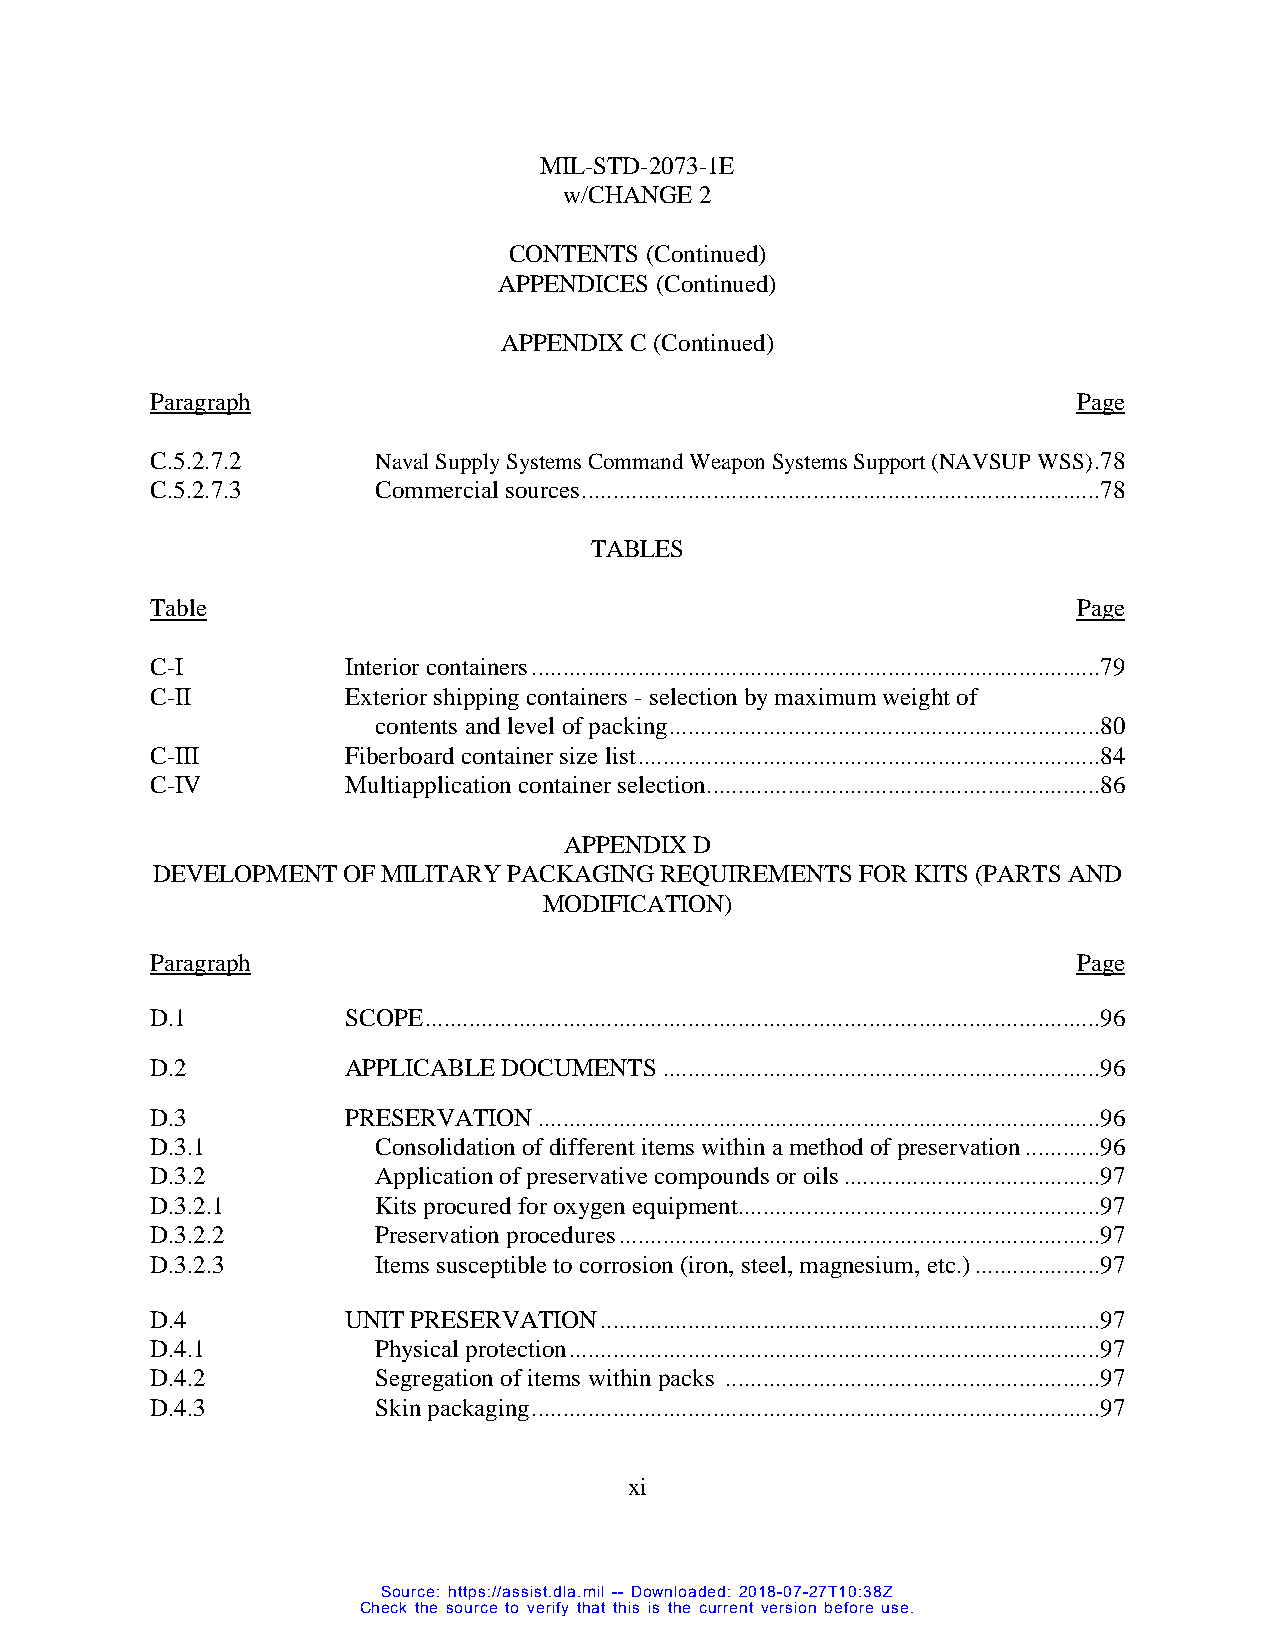
MIL-STD-2073-1E
 w/CHANGE 2
 CONTENTS (Continued)
 APPENDICES (Continued)
 APPENDIX C (Continued)
 Paragraph                                                    Page
 C.5.2.7.2      Naval Supply Systems Command Weapon Systems Support (NAVSUP WSS) .78
 C.5.2.7.3      Commercial sources ...................................................................................78
 TABLES
 Table                                                        Page
 C-I          Interior containers ...........................................................................................79
 C-II         Exterior shipping containers - selection by maximum weight of
 contents and level of packing .....................................................................80
 C-III        Fiberboard container size list ..........................................................................84
 C-IV         Multiapplication container selection ...............................................................86
 APPENDIX D
 DEVELOPMENT  OF MILITARY PACKAGING REQUIREMENTS FOR KITS (PARTS AND
 MODIFICATION)
 Paragraph                                                    Page
 D.1          SCOPE ............................................................................................................96
 D.2          APPLICABLE DOCUMENTS ......................................................................96
 D.3          PRESERVATION ..........................................................................................96
 D.3.1          Consolidation of different items within a method of preservation ............96
 D.3.2          Application of preservative compounds or oils .........................................97
 D.3.2.1        Kits procured for oxygen equipment..........................................................97
 D.3.2.2        Preservation procedures .............................................................................97
 D.3.2.3        Items susceptible to corrosion (iron, steel, magnesium, etc.) ....................97
 D.4          UNIT PRESERVATION ................................................................................97
 D.4.1          Physical protection .....................................................................................97
 D.4.2          Segregation of items within packs ............................................................97
 D.4.3          Skin packaging ...........................................................................................97
 x i
 Source: https://assist.dla.mil -- Downloaded: 2018-07-27T10:38Z
 Check the source to verify that this is the current version before use.